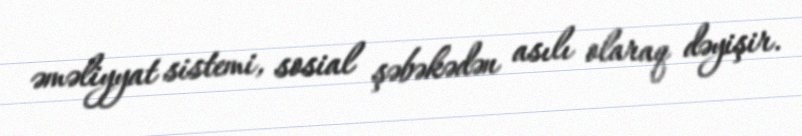
əməliyyat sistemi, sosial şəbəkədən asılı olaraq dəyişir.